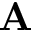
\mathbf { A }